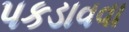
પકડાવવા